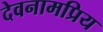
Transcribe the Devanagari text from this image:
देवनामप्रिय